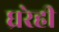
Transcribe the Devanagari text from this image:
घ्ररेही